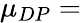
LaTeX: \mu_{DP}=